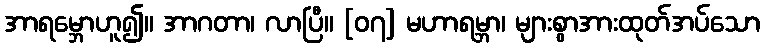
အာရမ္ဘောဟူ၍။ အာဂတာ၊ လာပြီ။ [၀၇] မဟာရမ္ဘာ၊ များစွာအားထုတ်အပ်သော